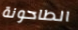
الطاحونة